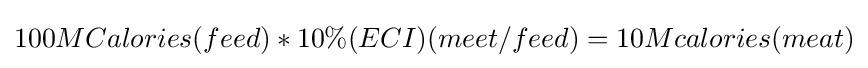
100MCalories(feed)*10\%(ECI)(meet/feed)=10Mcalories(meat)